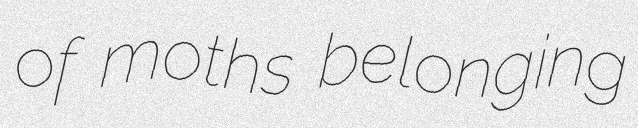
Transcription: of moths belonging